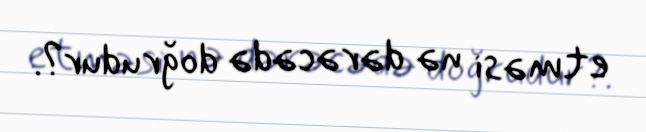
etməsi nə dərəcədə doğrudur?.